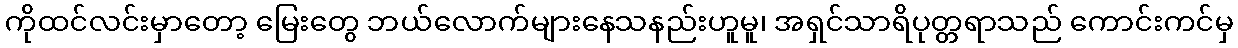
ကိုထင်လင်းမှာတော့ မြေးတွေ ဘယ်လောက်များနေသနည်းဟူမူ၊ အရှင်သာရိပုတ္တရာသည် ကောင်းကင်မှ